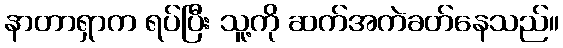
နာတာရှာက ရပ်ပြီး သူ့ကို ဆက်အကဲခတ်နေသည်။